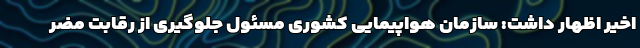
اخیر اظهار داشت: سازمان هواپیمایی کشوری مسئول جلوگیری از رقابت مضر